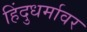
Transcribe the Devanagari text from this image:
हिंदुधर्मावर